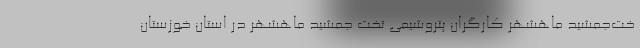
خت‌جمشید ماهشهر کارگران پتروشیمی تخت جمشید ماهشهر در استان خوزستان